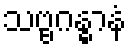
သဗ္ဗဂန္ဓာနံ